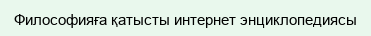
Философияға қатысты интернет энциклопедиясы